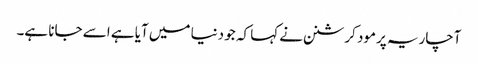
آچاریہ پرمود کرشنن نے کہا کہ جو دنیا میں آیا ہے اسے جانا ہے۔